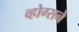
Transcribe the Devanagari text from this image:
व्होग्सने